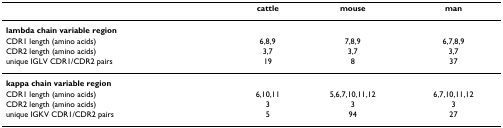
<table><thead><tr><td></td><td><b>cattle</b></td><td><b>mouse</b></td><td><b>man</b></td></tr></thead><tbody><tr><td><b>lambda chain variable region</b></td><td></td><td></td><td></td></tr><tr><td>CDR1 length (amino acids)</td><td>6,8,9</td><td>7,8,9</td><td>6,7,8,9</td></tr><tr><td>CDR2 length (amino acids)</td><td>3,7</td><td>3,7</td><td>3,7</td></tr><tr><td>unique IGLV CDR1/CDR2 pairs</td><td>19</td><td>8</td><td>37</td></tr><tr><td><b>kappa chain variable region</b></td><td></td><td></td><td></td></tr><tr><td>CDR1 length (amino acids)</td><td>6,10,11</td><td>5,6,7,10,11,12</td><td>6,7,10,11,12</td></tr><tr><td>CDR2 length (amino acids)</td><td>3</td><td>3</td><td>3</td></tr><tr><td>unique IGKV CDR1/CDR2 pairs</td><td>5</td><td>94</td><td>27</td></tr></tbody></table>